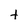
Character: t